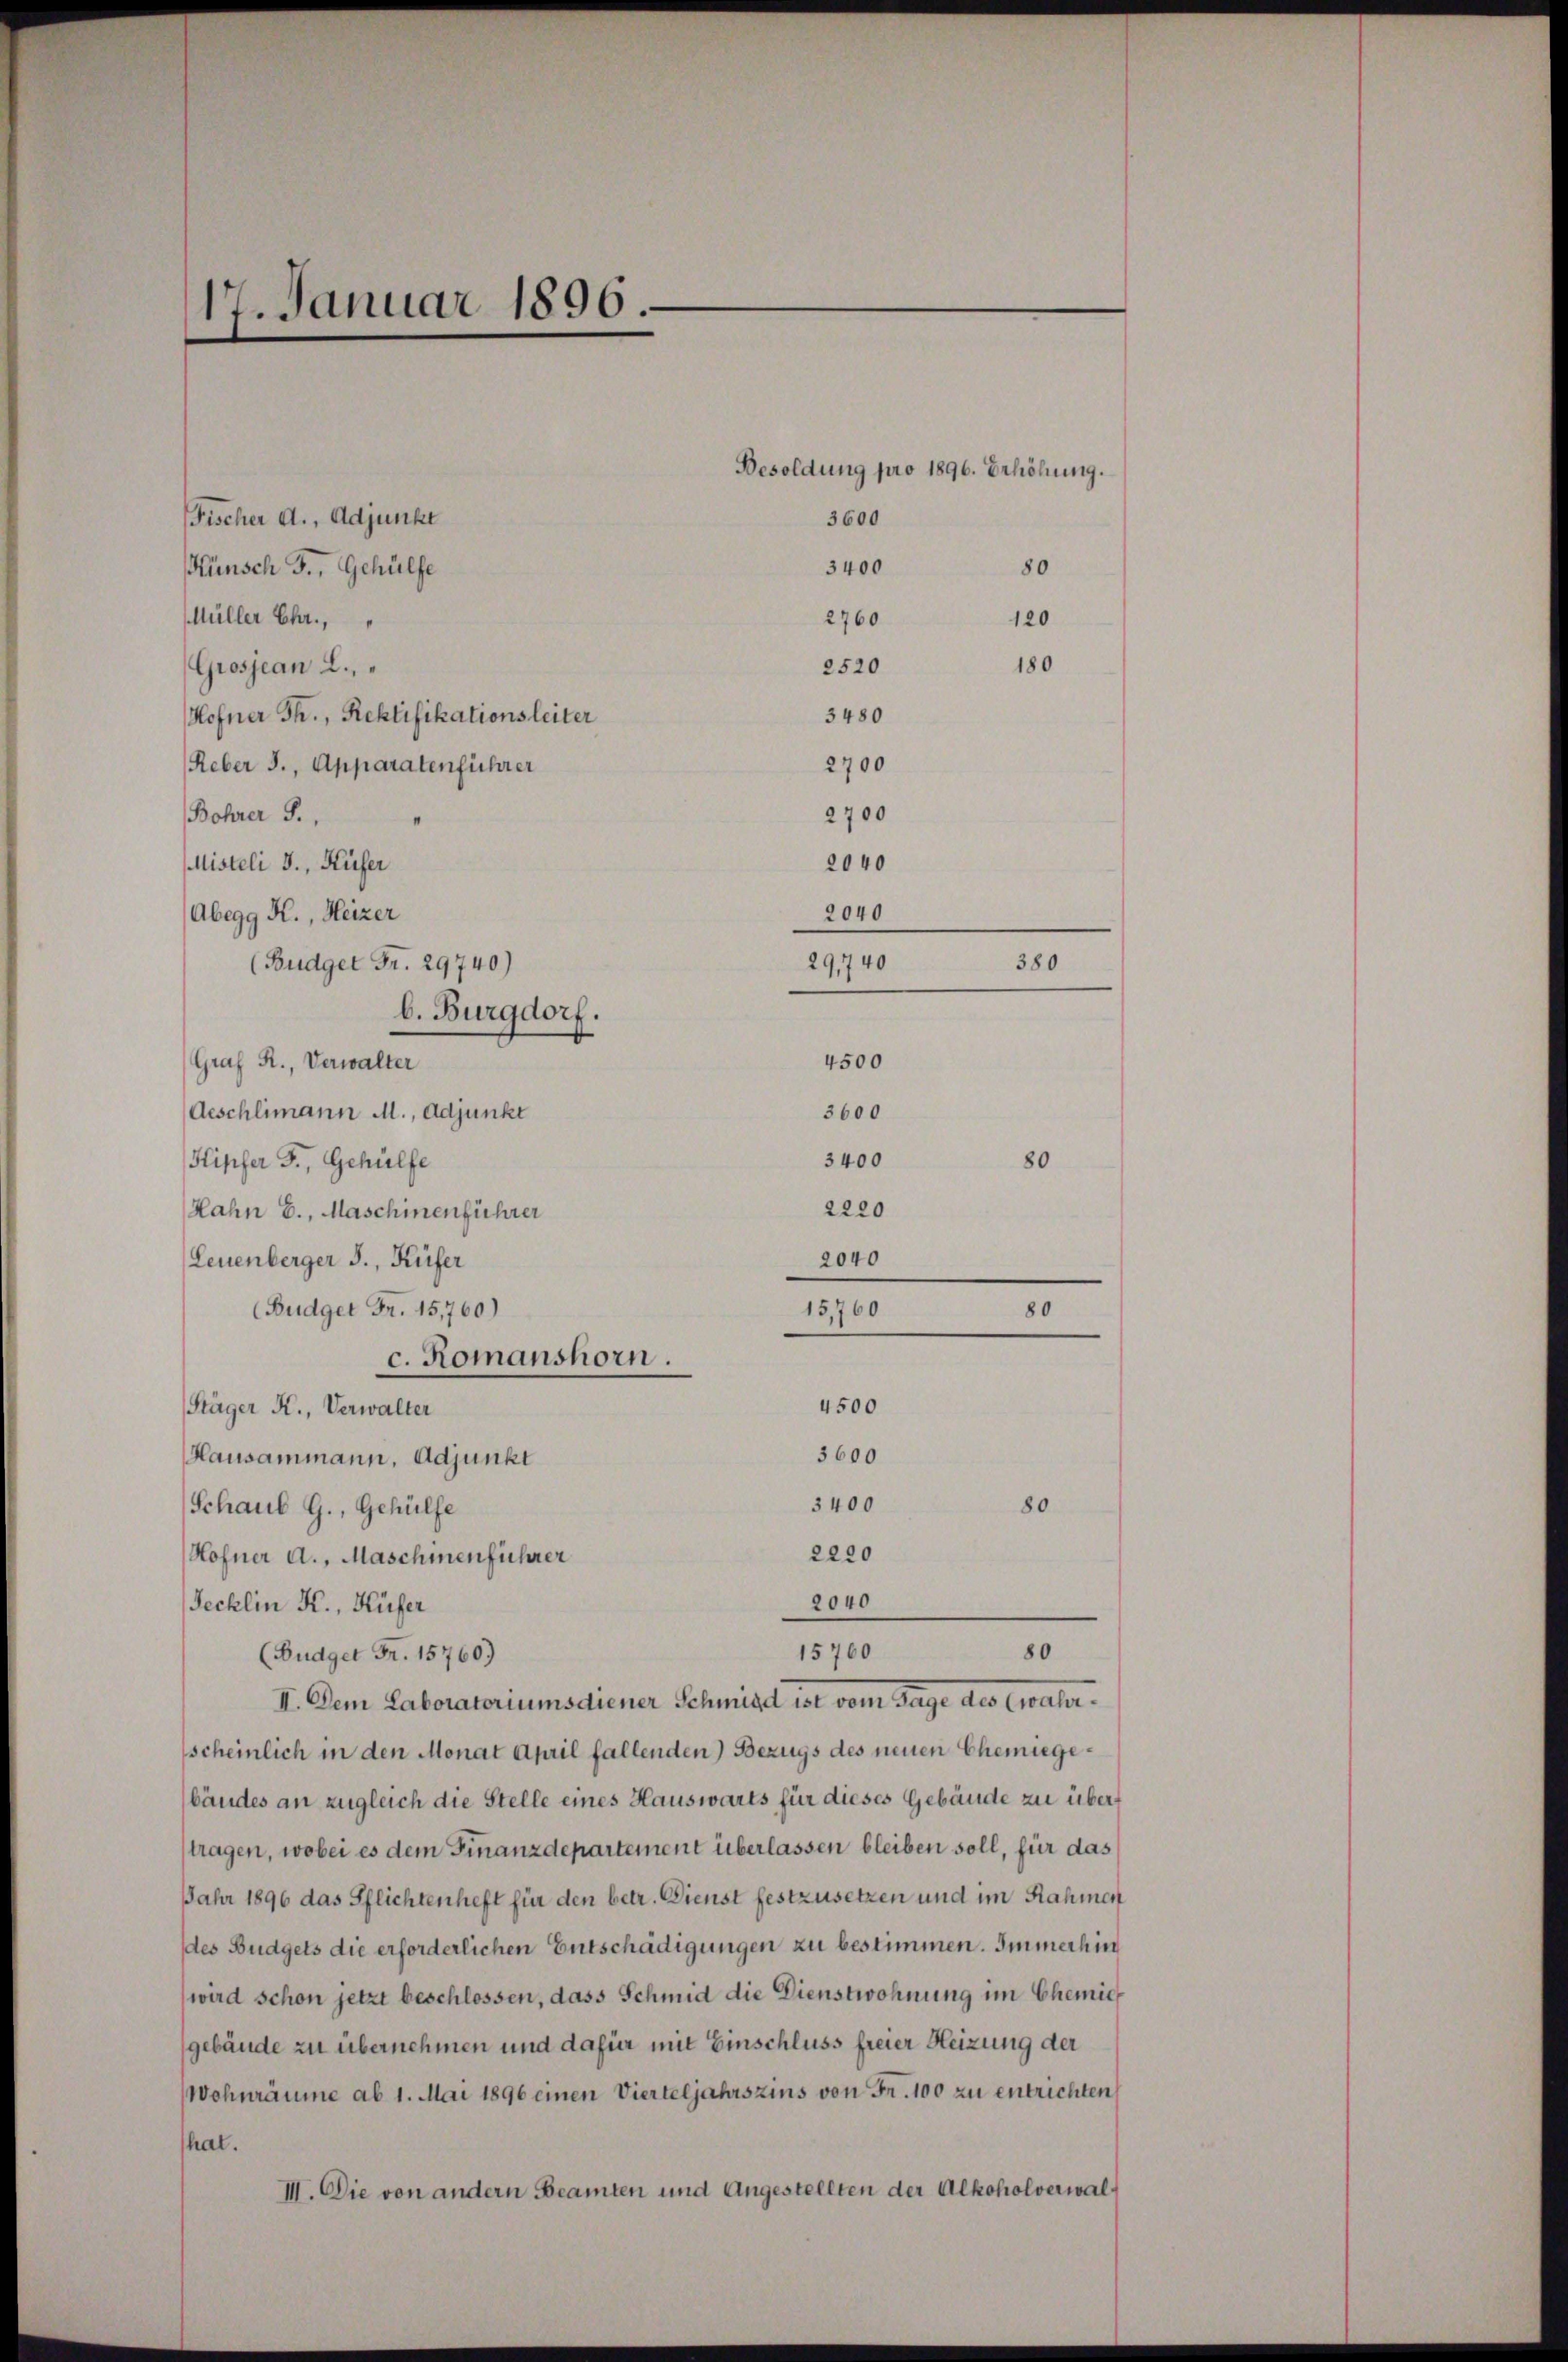
17. Januar 1896.

Fischer A. Adjunkt
Künsch F., Gehülfe
Müller Ehr,
2520
Grosjean 2.
Hofner Th., Rektifikationsleiter
3480
2700
Reber J., Apparatenführer
2700
Bohrer S.
Misteli J., Küfer
Abegg K., Heizer
(Budget Fr. 29740)
b. Burgdorf.
Graf R., Verwalter
Aeschlimann M., Adjunkt
Kipfer F., Gehülfe
Hahn E., Maschinenführer
Leuenberger J., Küfer
(Budget Fr. 15760)
c. Romanshorn.
4500
Stäger K., Verwalter
3600
Hausammann, Adjunkt
3400
Schaus G., Gehülfe
80
2220
Hofner A., Maschinenführer
2040
Tecklin K., Küfer
15760
80
(Budget Fr. 15760)
II. Dem Laboratoriums diener Schmid ist vom Tage des wahrscheinlich in den Monat April fallenden) Bezugs des neuen Chemiegebäudes an zugleich die Stelle eines Hauswärts für dieses Gebäude zu übertragen, wobei es dem Finanzdepartement überlassen bleiben soll, für das
Jahr 1896 das Pflichtenheft für den betr. Dienst festzusetzen und im Rahmen
des Budgets die erforderlichen Entschädigungen zu bestimmen. Immerhin
wird schon jetzt beschlossen, dass Schmid die Dienstwohnung im Chemie
gebäude zu übernehmen und dafür mit Einschluss freier Heizung der
Wohnräume ab 1. Mai 1896 einen Vierteljahrszins von Fr. 100 zu entrichten
hat.
III. Die von andern Beamten und Angestellten der Alkoholverwal¬

Besoldung pro 1896. Erhöhung.
3600
3400
80

2760

120
180

2040
2040
29,740
380
4500
3600
3400
80
2220
2040
15,760
80